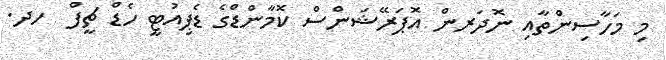
މި މަހާސިންތާއި ނޮދަރން އޮޕަރޭޝަންސް ކޮމާންޑްގެ ޑެޕިއުޓީ ހެޑް ޗީފް  ހދ.